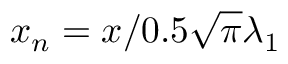
x _ { n } = x / 0 . 5 \sqrt { \pi } \lambda _ { 1 }